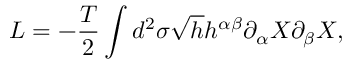
{ \cal L } = - \frac { T } { 2 } \int d ^ { 2 } \sigma \sqrt { h } h ^ { \alpha \beta } \partial _ { \alpha } X \partial _ { \beta } X ,